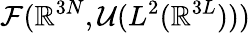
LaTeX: {\cal F}(\mathbb{R}^{3N},{\cal U}(L^{2}(\mathbb{R}^{3L})))